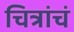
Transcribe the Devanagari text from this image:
चित्रांचं